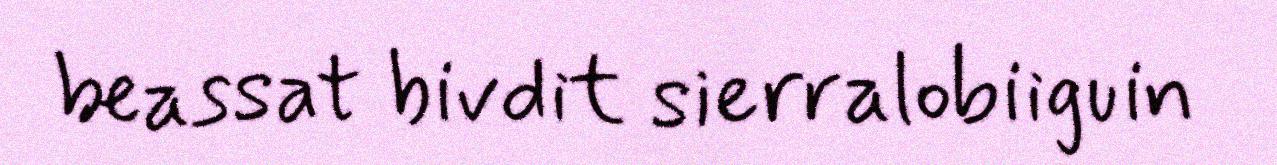
beassat bivdit sierralobiiguin